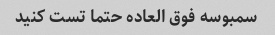
سمبوسه فوق العاده حتما تست کنید